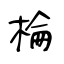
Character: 棆